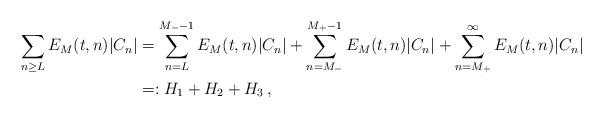
LaTeX: \begin{align*}\sum_{n\geq L}E_M(t,n)|C_n|&=\sum_{n= L}^{M_--1}E_M(t,n)|C_n|+\sum_{n=M_-}^{M_+-1}E_M(t,n)|C_n|+\sum_{n= M_+}^{\infty}E_M(t,n)|C_n|\\&=:H_1+H_2+H_3\,,\end{align*}